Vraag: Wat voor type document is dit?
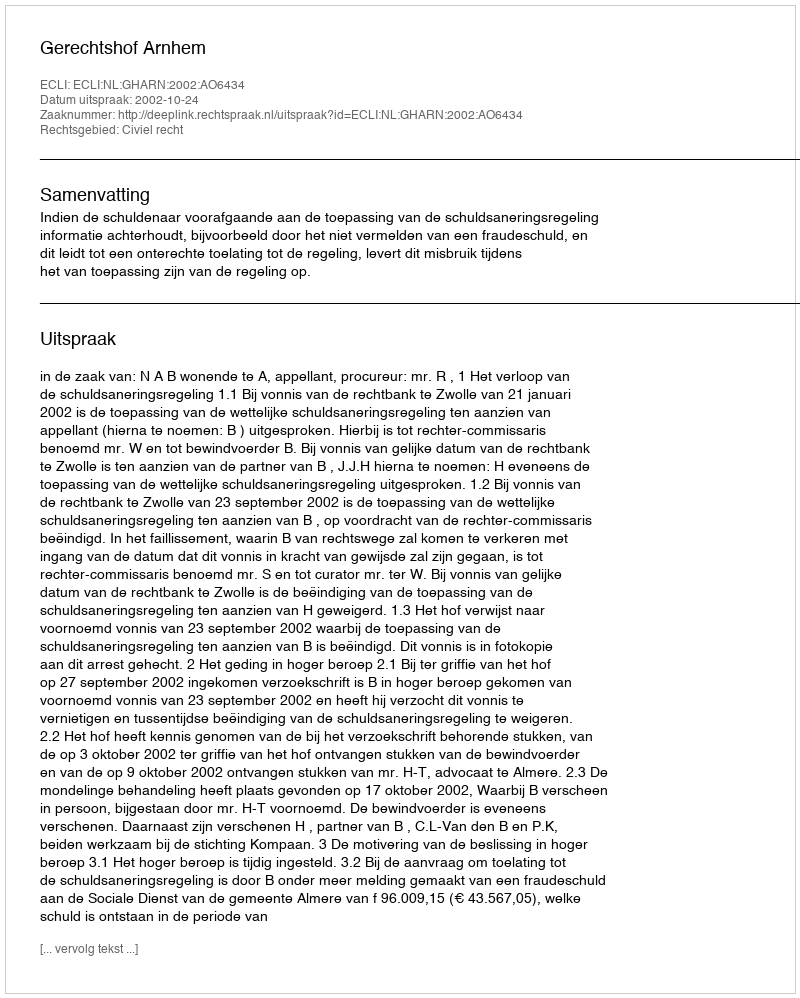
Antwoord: Uitspraak